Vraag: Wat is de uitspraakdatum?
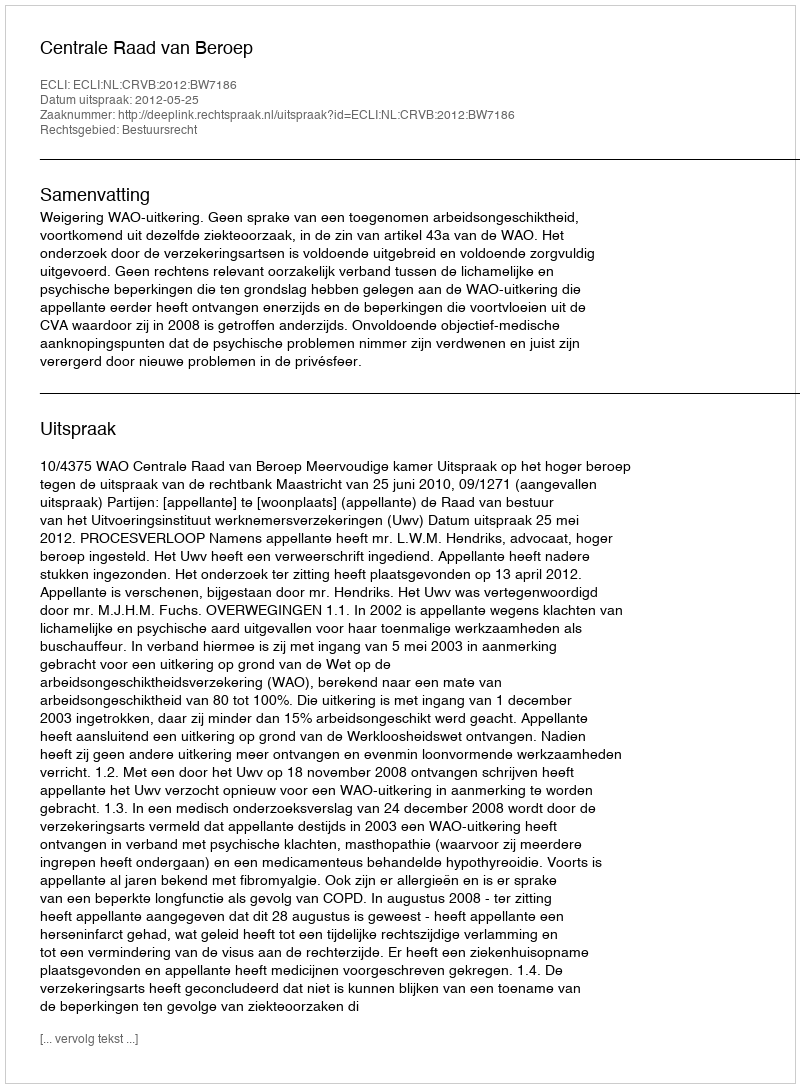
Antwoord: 2012-05-25